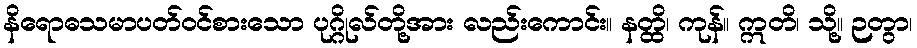
နိရောဓသမာပတ်ဝင်စားသော ပုဂ္ဂိုလ်တို့အား လည်းကောင်း။ နတ္ထိ၊ ကုန်။ ဣတိ၊ သို့။ ဉတွာ၊